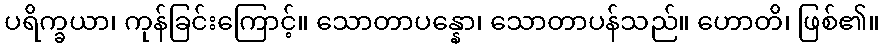
ပရိက္ခယာ၊ ကုန်ခြင်းကြောင့်။ သောတာပန္နော၊ သောတာပန်သည်။ ဟောတိ၊ ဖြစ်၏။